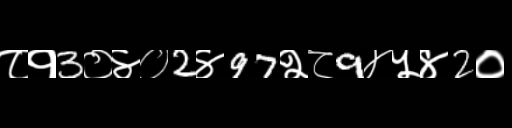
Text: ८१3०४०2४97२८9४५४2०